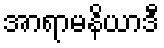
အာရာမနိယာဒီ